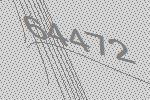
64472